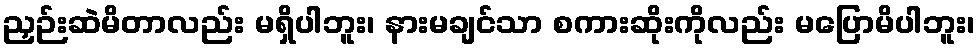
ညှဉ်းဆဲမိတာလည်း မရှိပါဘူး၊ နားမချင်သာ စကားဆိုးကိုလည်း မပြောမိပါဘူး၊